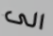
الى